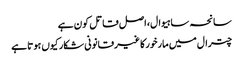
سانحہ ساہیوال، اصل قاتل کون ہے
چترال میں مارخورکا غیرقانونی شکار کیوں ہوتا ہے